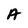
Character: A